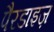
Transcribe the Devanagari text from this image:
पैरडाइज़